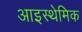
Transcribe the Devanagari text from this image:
आइस्थेमिक